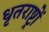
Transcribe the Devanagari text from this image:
धृतराष्ट्रों